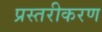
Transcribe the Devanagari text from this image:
प्रस्तरीकरण